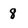
Character: 8